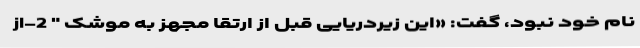
نام خود نبود، گفت: «این زیردریایی قبل از ارتقا مجهز به موشک " jl-2